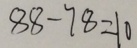
8 8 - 7 8 = 1 0